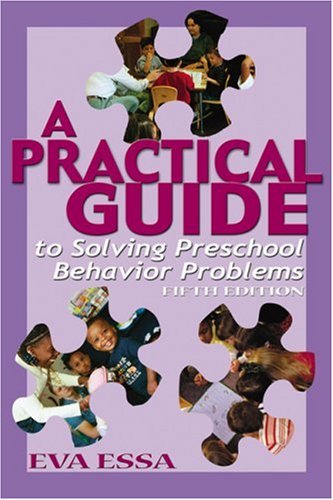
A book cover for A Practical Guide to Solving Preschool Behavior Problems, 5E; Eva Essa; Parenting & Relationships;